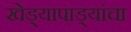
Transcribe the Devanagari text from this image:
खेड्यापाड्यांचा